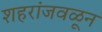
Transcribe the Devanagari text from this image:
शहरांजवळून